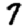
Digit: 7